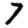
Digit: 7